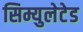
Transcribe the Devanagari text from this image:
सिम्युलेटेड